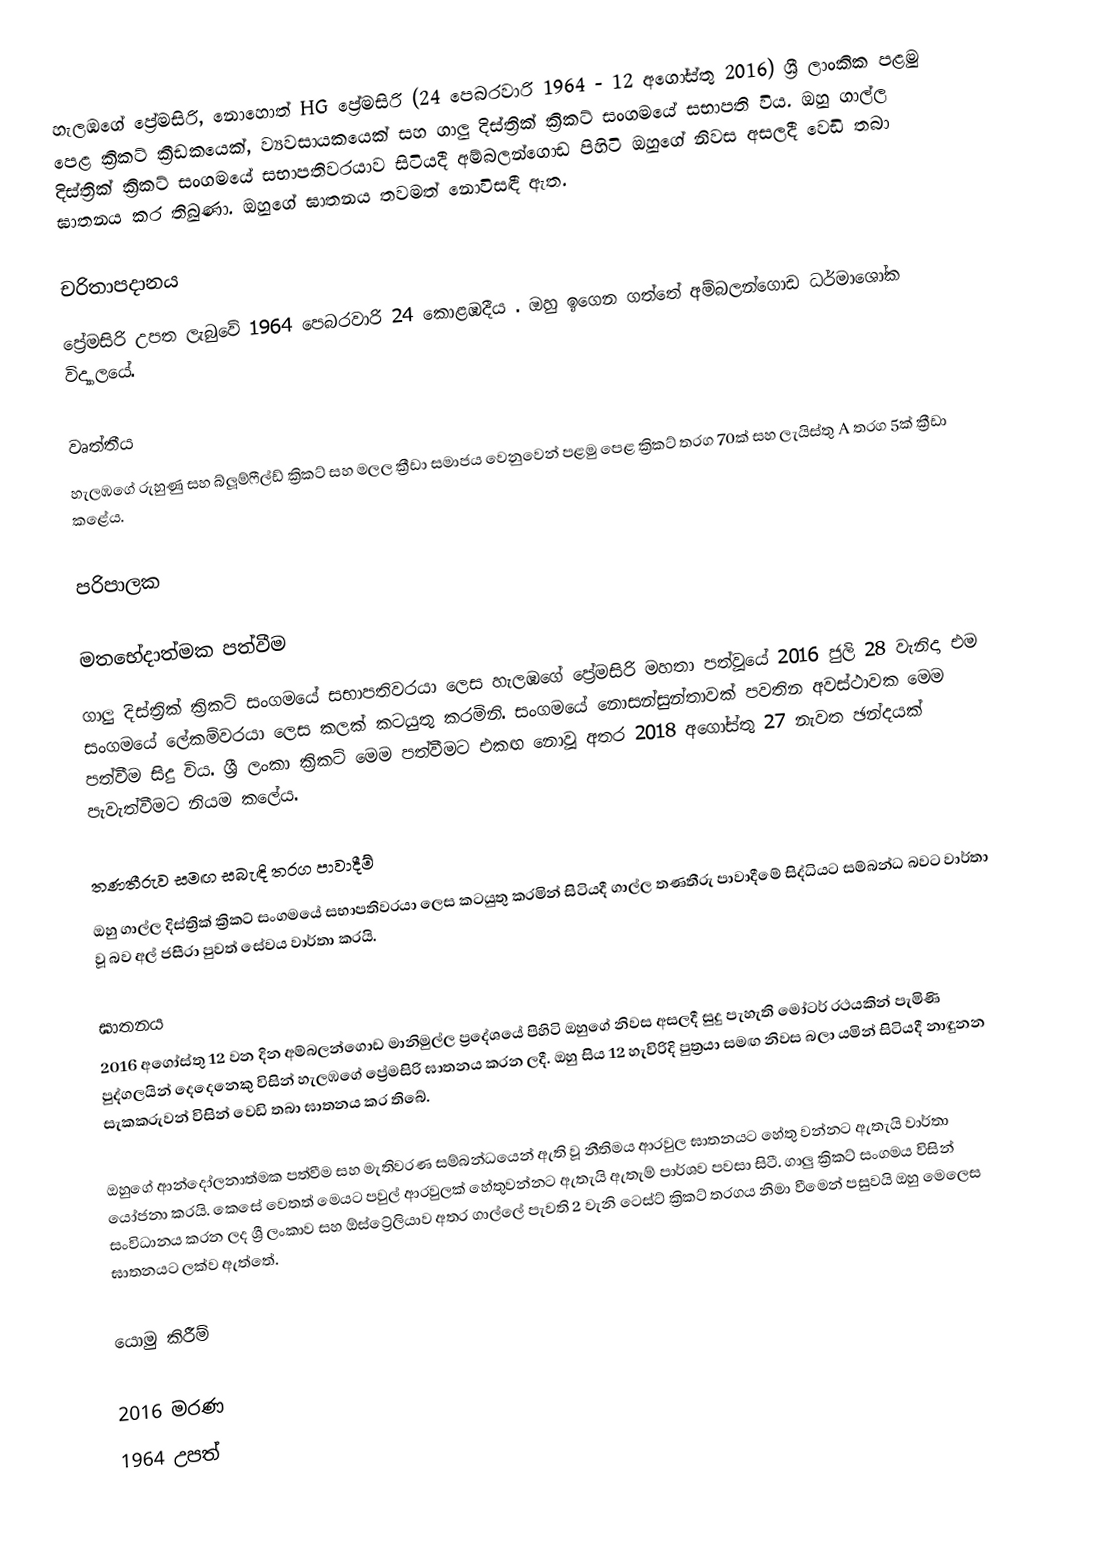
හැලඹගේ ප්‍රේමසිරි, නොහොත් HG ප්‍රේමසිරි (24 පෙබරවාරි 1964 - 12 අගෝස්තු 2016) ශ්‍රී ලාංකික පළමු පෙළ ක්‍රිකට් ක්‍රීඩකයෙක්, ව්‍යවසායකයෙක් සහ ගාලු දිස්ත්‍රික් ක්‍රිකට් සංගමයේ සභාපති විය. ඔහු ගාල්ල දිස්ත්‍රික් ක්‍රිකට් සංගමයේ සභාපතිවරයාව සිටියදී අම්බලන්ගොඩ පිහිටි ඔහුගේ නිවස අසලදී වෙඩි තබා ඝාතනය කර තිබුණා. ඔහුගේ ඝාතනය තවමත් නොවිසඳී ඇත.

චරිතාපදානය
ප්‍රේමසිරි උපත ලැබුවේ 1964 පෙබරවාරි 24 කොළඹදීය . ඔහු ඉගෙන ගත්තේ අම්බලන්ගොඩ ධර්මාශෝක විද්‍යාලයේ.

වෘත්තීය
හැලඹගේ රුහුණු සහ බ්ලූම්ෆීල්ඩ් ක්‍රිකට් සහ මලල ක්‍රීඩා සමාජය වෙනුවෙන් පළමු පෙළ ක්‍රිකට් තරග 70ක් සහ ලැයිස්තු A තරග 5ක් ක්‍රීඩා කළේය.

පරිපාලක

මතභේදාත්මක පත්වීම
ගාලු දිස්ත්‍රික් ක්‍රිකට් සංගමයේ සභාපතිවරයා ලෙස හැලඹගේ ප්‍රේමසිරි මහතා පත්වූයේ 2016 ජුලි 28 වැනිදා එම සංගමයේ ලේකම්වරයා ලෙස කලක් කටයුතු කරමිනි. සංගමයේ නොසන්සුන්තාවක් පවතින අවස්ථාවක මෙම පත්වීම සිදු විය. ශ්‍රී ලංකා ක්‍රිකට් මෙම පත්වීමට එකඟ නොවූ අතර 2018 අගෝස්තු 27 නැවත ඡන්දයක් පැවැත්වීමට නියම කලේය.

තණතීරුව සමඟ සබැඳි තරග පාවාදීම්
ඔහු ගාල්ල දිස්ත්‍රික් ක්‍රිකට් සංගමයේ සභාපතිවරයා ලෙස කටයුතු කරමින් සිටියදී ගාල්ල තණතීරු පාවාදීමේ සිද්ධියට සම්බන්ධ බවට වාර්තා වූ බව අල් ජසීරා පුවත් සේවය වාර්තා කරයි.

ඝාතනය
2016 අගෝස්තු 12 වන දින අම්බලන්ගොඩ මානිමුල්ල ප්‍රදේශයේ පිහිටි ඔහුගේ නිවස අසලදී සුදු පැහැති මෝටර් රථයකින් පැමිණි පුද්ගලයින් දෙදෙනෙකු විසින් හැලඹගේ ප්‍රේමසිරි ඝාතනය කරන ලදී. ඔහු සිය 12 හැවිරිදි පුත්‍රයා සමඟ නිවස බලා යමින් සිටියදී නාඳුනන සැකකරුවන් විසින් වෙඩි තබා ඝාතනය කර තිබේ.

ඔහුගේ ආන්දෝලනාත්මක පත්වීම සහ මැතිවරණ සම්බන්ධයෙන් ඇති වූ නීතිමය ආරවුල ඝාතනයට හේතු වන්නට ඇතැයි වාර්තා යෝජනා කරයි. කෙසේ වෙතත් මෙයට පවුල් ආරවුලක් හේතුවන්නට ඇතැයි ඇතැම් පාර්ශව පවසා සිටී. ගාලු ක්‍රිකට් සංගමය විසින් සංවිධානය කරන ලද ශ්‍රී ලංකාව සහ ඕස්ට්‍රේලියාව අතර ගාල්ලේ පැවති 2 වැනි ටෙස්ට් ක්‍රිකට් තරගය නිමා වීමෙන් පසුවයි ඔහු මෙලෙස ඝාතනයට ලක්ව ඇත්තේ.

යොමු කිරීම්

2016 මරණ
1964 උපත්